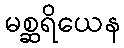
မစ္ဆရိယေန